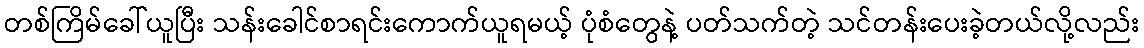
တစ်ကြိမ်ခေါ်ယူပြီး သန်းခေါင်စာရင်းကောက်ယူရမယ့် ပုံစံတွေနဲ့ ပတ်သက်တဲ့ သင်တန်းပေးခဲ့တယ်လို့လည်း